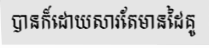
បានក៏ដោយសារតែមានដៃគូ